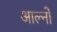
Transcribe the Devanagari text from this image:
आल्नो